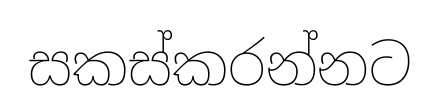
සකස්කරන්නට